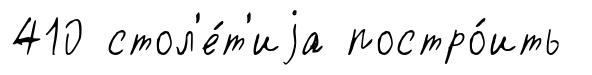
410 стол'е́т'иjа постро́ить